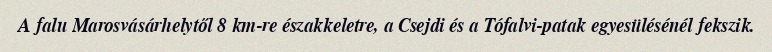
A falu Marosvásárhelytől 8 km-re északkeletre, a Csejdi és a Tófalvi-patak egyesülésénél fekszik.